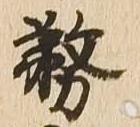
務